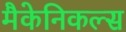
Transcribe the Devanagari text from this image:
मैकेनिकल्स